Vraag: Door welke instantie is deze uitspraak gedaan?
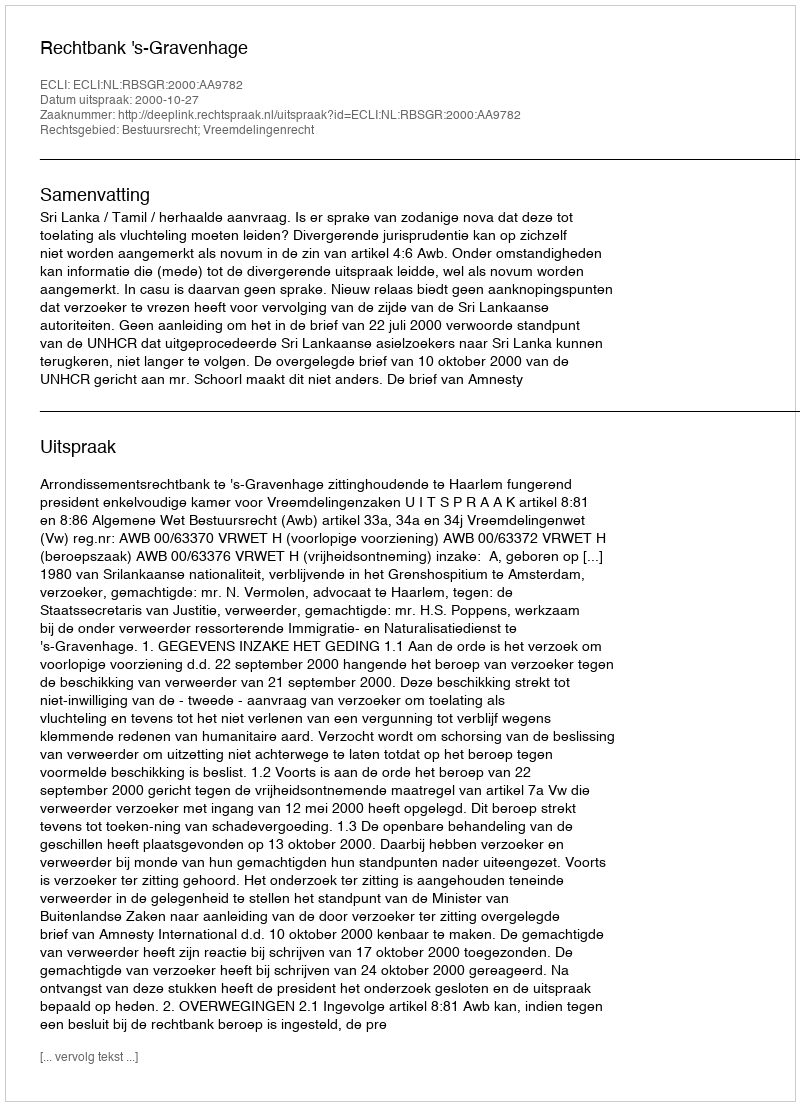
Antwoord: Rechtbank 's-Gravenhage